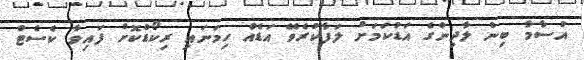
އުސާމާ ބިން ލާދިންގެ އަޑުކަމަށް ލަފާކުރެވޭ އަޑެއް ހިމަނައި ރިކޯޑްކޮށް ފައިވާ ކެސެޓް